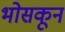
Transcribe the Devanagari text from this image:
भोसकून